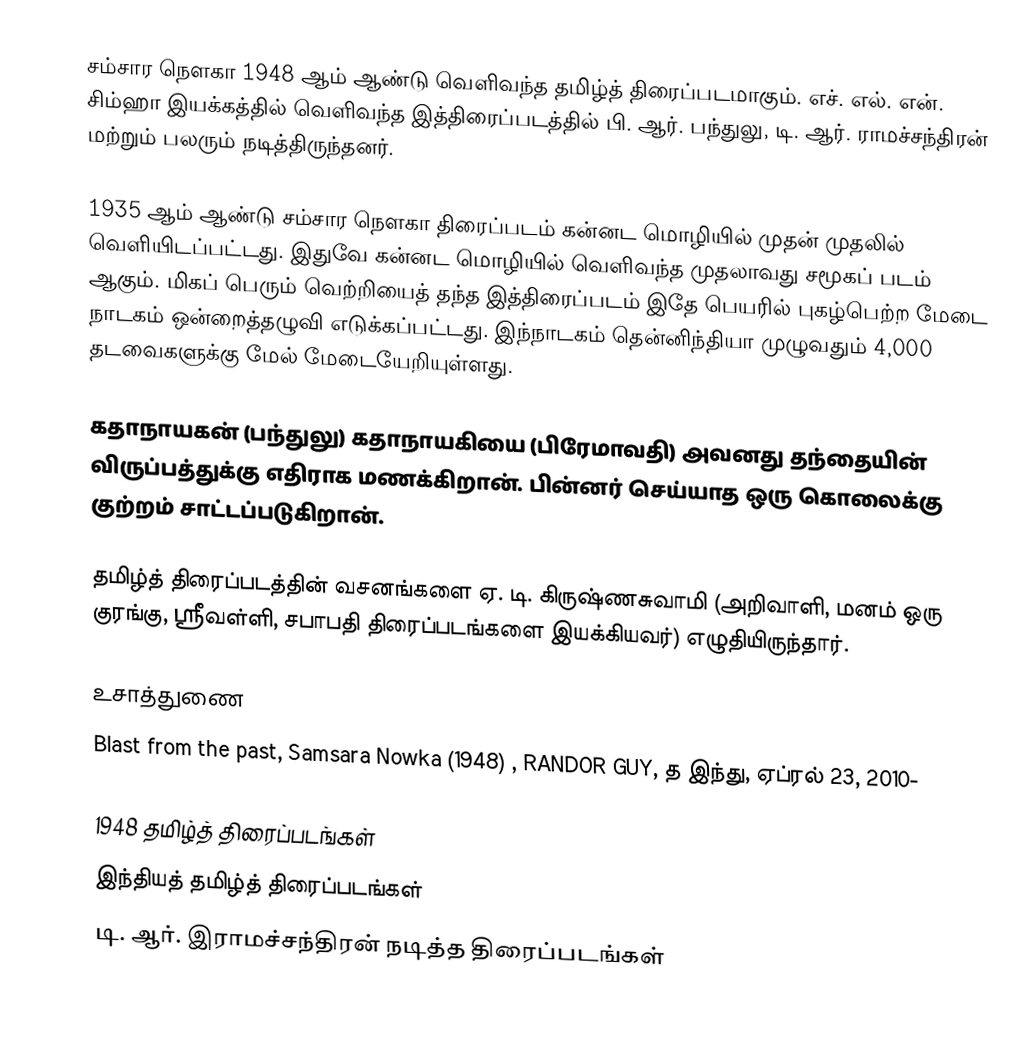
சம்சார நௌகா 1948 ஆம் ஆண்டு வெளிவந்த தமிழ்த் திரைப்படமாகும். எச். எல். என். சிம்ஹா இயக்கத்தில் வெளிவந்த இத்திரைப்படத்தில் பி. ஆர். பந்துலு, டி. ஆர். ராமச்சந்திரன் மற்றும் பலரும் நடித்திருந்தனர்.

1935 ஆம் ஆண்டு சம்சார நௌகா திரைப்படம் கன்னட மொழியில் முதன் முதலில் வெளியிடப்பட்டது. இதுவே கன்னட மொழியில் வெளிவந்த முதலாவது சமூகப் படம் ஆகும். மிகப் பெரும் வெற்றியைத் தந்த இத்திரைப்படம் இதே பெயரில் புகழ்பெற்ற மேடை நாடகம் ஒன்றைத்தழுவி எடுக்கப்பட்டது. இந்நாடகம் தென்னிந்தியா முழுவதும் 4,000 தடவைகளுக்கு மேல் மேடையேறியுள்ளது.

கதாநாயகன் (பந்துலு) கதாநாயகியை (பிரேமாவதி) அவனது தந்தையின் விருப்பத்துக்கு எதிராக மணக்கிறான். பின்னர் செய்யாத ஒரு கொலைக்கு குற்றம் சாட்டப்படுகிறான்.

தமிழ்த் திரைப்படத்தின் வசனங்களை ஏ. டி. கிருஷ்ணசுவாமி (அறிவாளி, மனம் ஒரு குரங்கு, ஸ்ரீவள்ளி, சபாபதி திரைப்படங்களை இயக்கியவர்) எழுதியிருந்தார்.

உசாத்துணை
Blast from the past, Samsara Nowka (1948) , RANDOR GUY, த இந்து, ஏப்ரல் 23, 2010-

1948 தமிழ்த் திரைப்படங்கள்
இந்தியத் தமிழ்த் திரைப்படங்கள்
டி. ஆர். இராமச்சந்திரன் நடித்த திரைப்படங்கள்